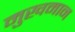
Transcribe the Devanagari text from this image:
मुखमान